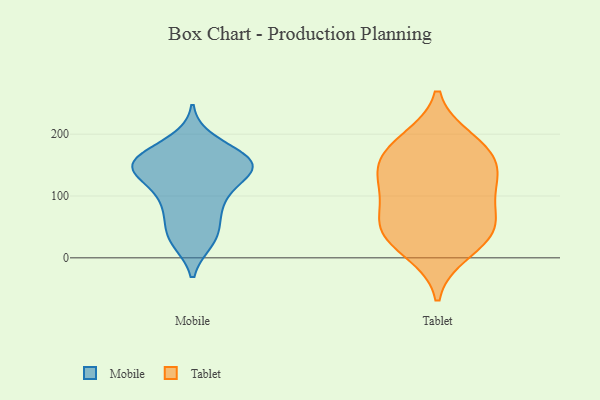
{"axis": {"x": "Production Output", "y": "Value"}, "legend": ["Mobile", "Tablet"], "data": [{"x": "", "y": 155, "type": "Mobile"}, {"x": "", "y": 144, "type": "Mobile"}, {"x": "", "y": 59, "type": "Mobile"}, {"x": "", "y": 142, "type": "Mobile"}, {"x": "", "y": 92, "type": "Mobile"}, {"x": "", "y": 189, "type": "Mobile"}, {"x": "", "y": 145, "type": "Mobile"}, {"x": "", "y": 87, "type": "Mobile"}, {"x": "", "y": 132, "type": "Mobile"}, {"x": "", "y": 39, "type": "Mobile"}, {"x": "", "y": 28, "type": "Mobile"}, {"x": "", "y": 27, "type": "Mobile"}, {"x": "", "y": 94, "type": "Mobile"}, {"x": "", "y": 148, "type": "Mobile"}, {"x": "", "y": 170, "type": "Mobile"}, {"x": "", "y": 168, "type": "Mobile"}, {"x": "", "y": 153, "type": "Mobile"}, {"x": "", "y": 138, "type": "Mobile"}, {"x": "", "y": 190, "type": "Tablet"}, {"x": "", "y": 54, "type": "Tablet"}, {"x": "", "y": 129, "type": "Tablet"}, {"x": "", "y": 177, "type": "Tablet"}, {"x": "", "y": 33, "type": "Tablet"}, {"x": "", "y": 167, "type": "Tablet"}, {"x": "", "y": 48, "type": "Tablet"}, {"x": "", "y": 104, "type": "Tablet"}, {"x": "", "y": 10, "type": "Tablet"}, {"x": "", "y": 115, "type": "Tablet"}, {"x": "", "y": 148, "type": "Tablet"}, {"x": "", "y": 56, "type": "Tablet"}]}